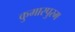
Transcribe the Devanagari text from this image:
कुमारपुरम